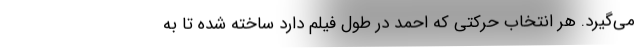
می‌گیرد. هر انتخاب حرکتی که احمد در طول فیلم دارد ساخته شده تا به